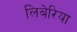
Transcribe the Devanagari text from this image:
लिबेरिया